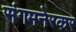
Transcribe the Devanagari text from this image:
संगमनेरकर